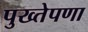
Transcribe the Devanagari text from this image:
पुख्तेपणा